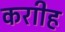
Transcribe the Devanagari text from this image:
कराीह